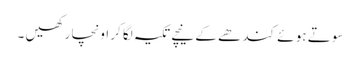
سو تے ہو ئے کند ھے کے نیچے تکیہ لگا کر اونچا ر کھیں ۔